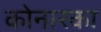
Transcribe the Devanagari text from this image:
कोनारका